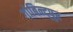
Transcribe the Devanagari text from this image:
गोबिन्द्पुर